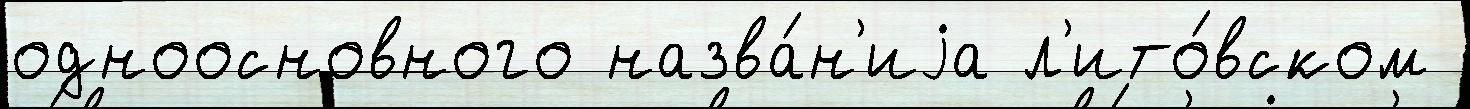
одноосновного назва́н'иjа л'ито́вском